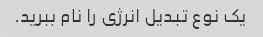
یک نوع تبدیل انرژی را نام ببرید.